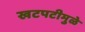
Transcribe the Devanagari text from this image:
खटपटीमुळे